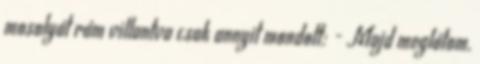
mosolyát rám villantva csak annyit mondott: - Majd meglátom,